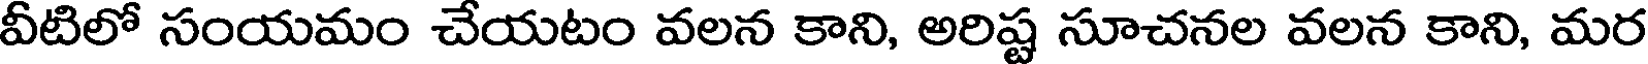
వీటిలో సంయమం చేయటం వలన కాని, అరిష్ట సూచనల వలన కాని, మర